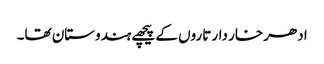
ادھر خار دار تاروں کے پیچھے ہندوستان تھا۔